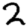
Digit: 2